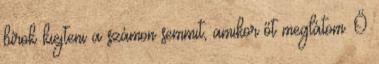
bírok kiejteni a számon semmit, amikor őt meglátom. Ő